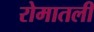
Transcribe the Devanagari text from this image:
रोमातली